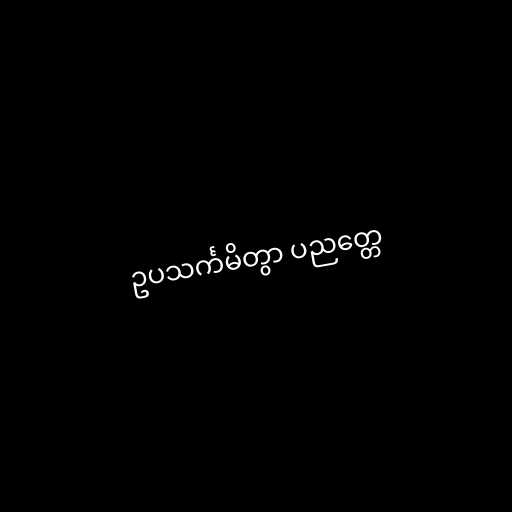
ဥပသင်္ကမိတွာ ပညတ္တေ